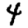
Digit: 4